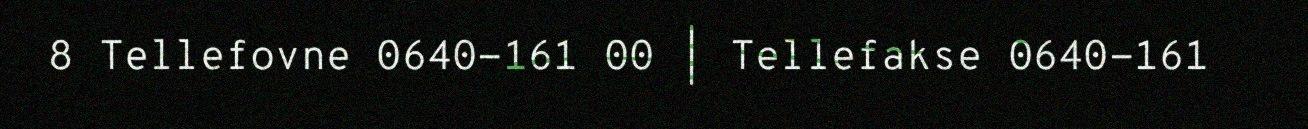
8 Tellefovne 0640-161 00 | Tellefakse 0640-161